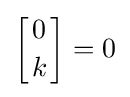
\left[{0 \atop k}\right]=0